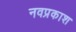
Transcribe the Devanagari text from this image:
नवप्रकाश